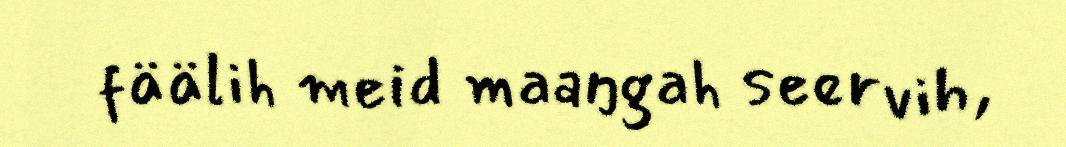
fäälih meid maaŋgah seervih,